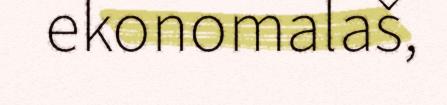
ekonomalaš,